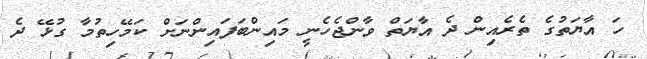
ހަ އާޔަތުގެ ތެރެއިން ދެ އާޔަތް ވާންޖެހެނީ މައިންބަފައިންނަށް ކަމޭހިތުމާ ގުޅޭ ދެ